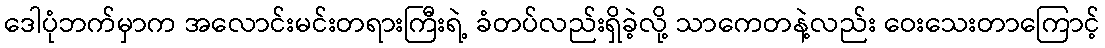
ဒေါပုံဘက်မှာက အလောင်းမင်းတရားကြီးရဲ့ ခံတပ်လည်းရှိခဲ့လို့ သာကေတနဲ့လည်း ဝေးသေးတာကြောင့်